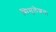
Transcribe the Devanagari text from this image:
सिमुलेशन।